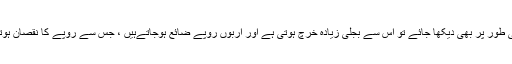
معاشی طور پر بھی دیکھا جائے تو اس سے بجلی زیادہ خرچ ہوتی ہے اور اربوں روپے ضائع ہوجاتےہیں ، جس سے روپے کا نقصان ہوتا ہے۔